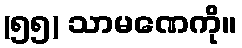
(၅၅) သာမဏေကို။